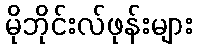
မိုဘိုင်းလ်ဖုန်းများ